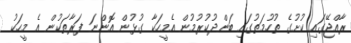
ރާއްޖޭގައި ކުށުގެ ތުހުމަތުގައި ބަންދުކުރުމުން އެމީހަކާ ގުޅުން އޮންނަ ފަރާތަކުން އެ މީހަކު